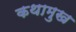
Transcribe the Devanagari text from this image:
कथामुख